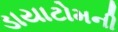
ડાયાટોમની